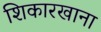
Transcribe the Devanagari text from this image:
शिकारखाना